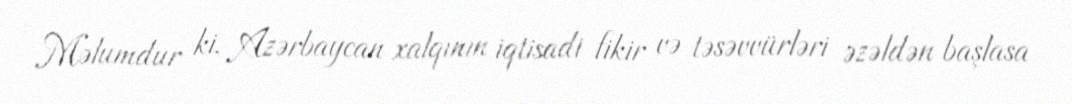
Məlumdur ki, Azərbaycan xalqının iqtisadi fikir və təsəvvürləri əzəldən başlasa